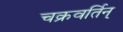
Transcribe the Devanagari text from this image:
चक्रवर्तिन्